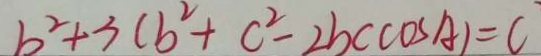
b ^ { 2 } + 3 ( b ^ { 2 } + c ^ { 2 } - 2 b c \cos A ) = C